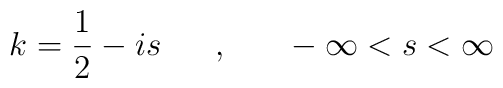
k = \frac{1}{2} - is ~~~~~,~~~~~- \infty < s < \infty